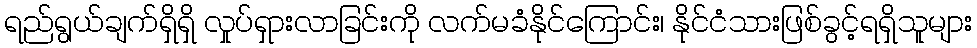
ရည်ရွယ်ချက်ရှိရှိ လှုပ်ရှားလာခြင်းကို လက်မခံနိုင်ကြောင်း၊ နိုင်ငံသားဖြစ်ခွင့်ရရှိသူများ